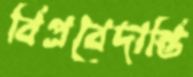
বিপ্রবেদান্তি